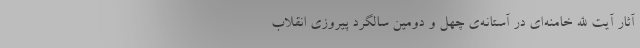
آثار آیت الله خامنه‌ای در آستانه‌ی چهل و دومین سالگرد پیروزی انقلاب